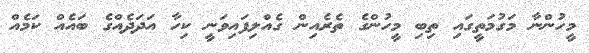
މީހުންނާ މަގުމަތީގައި ތިބި މީހުންގެ ތެރެއިން ގެއްލިފައިވަނީ ކިހާ އަދަދެއްގެ ބައެއް ކަމެއް